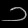
Digit: ၁